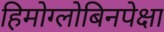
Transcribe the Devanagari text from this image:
हिमोग्लोबिनपेक्षा